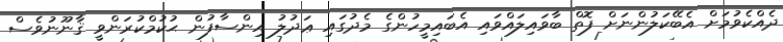
ދެއްކެވުމަށް އެބޭކަލުންނަށް ފޮތް ބާވައިލައްވައި އެބައިމީހުންގެ މެދުގައި ޢަދުލު އިންސާފުން ޙުކުމްކުރަންވީ ޤާނޫނުވެސް